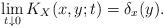
LaTeX: \begin{align*} \lim_{t\downarrow 0}K_X(x,y;t)=\delta_{x}(y).\end{align*}